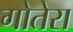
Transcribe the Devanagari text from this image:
गोतेरा